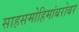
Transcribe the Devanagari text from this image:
साहसमोहिमांबरोबर